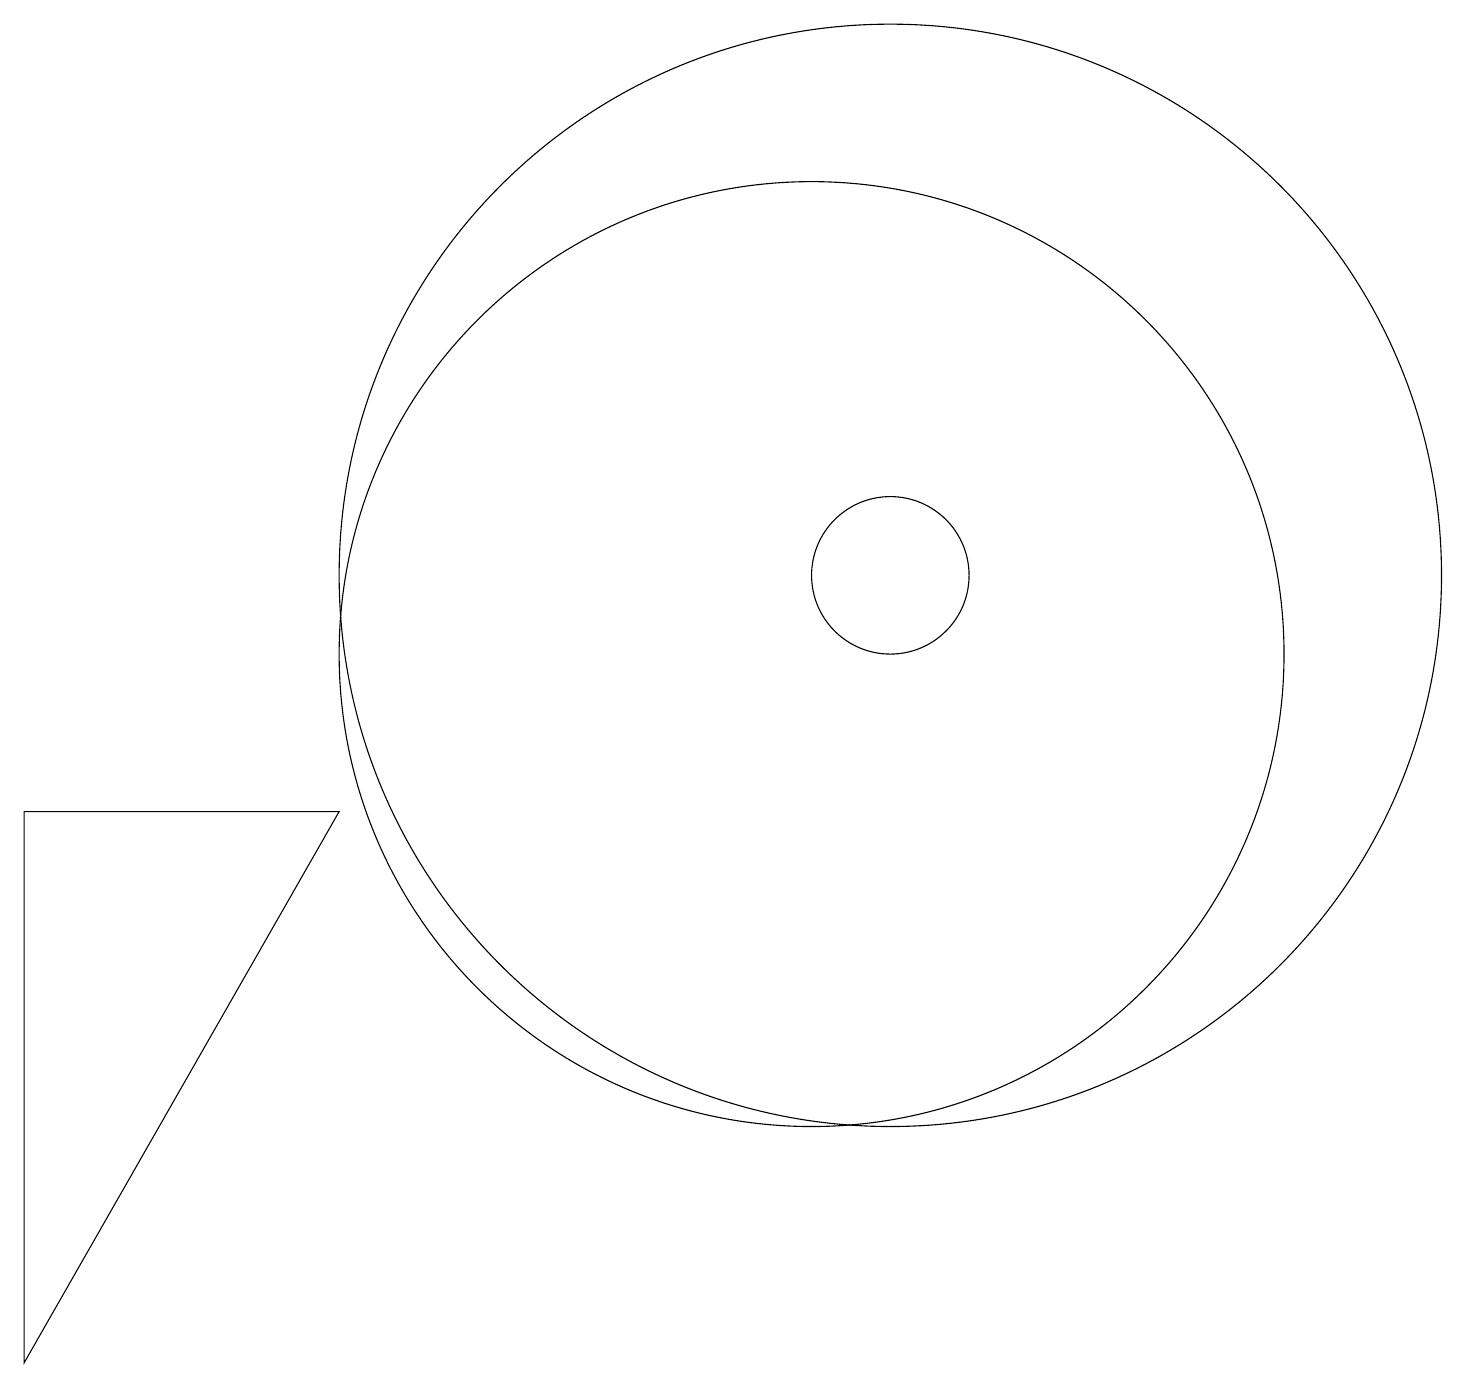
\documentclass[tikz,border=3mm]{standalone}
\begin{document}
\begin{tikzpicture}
\draw (12,11) circle (7);
\draw (1,8) -- (1,1) -- (5,8) -- cycle;
\draw (12,11) circle (1);
\draw (11,10) circle (6);
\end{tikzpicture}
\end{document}